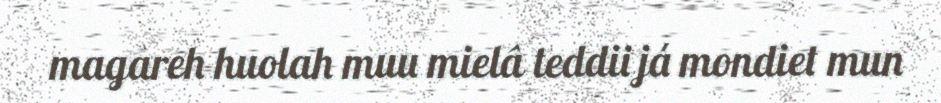
magareh huolah muu mielâ teddii já mondiet mun